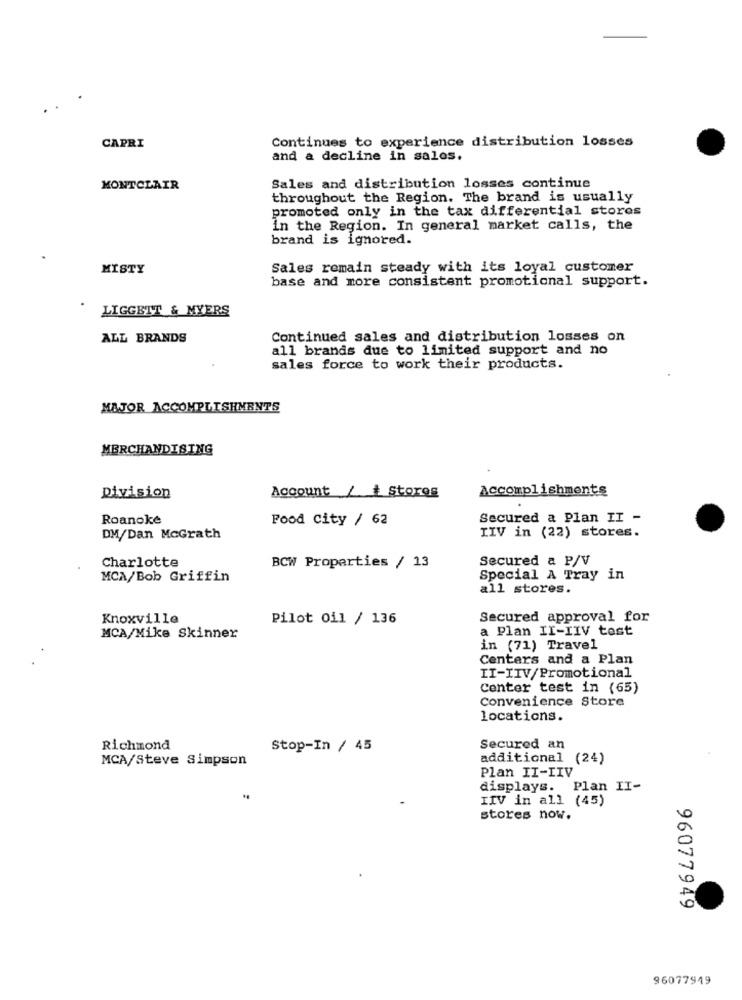
Continues to experience distribution losses
CAPRI
and a decline in sales.
MONTCLAIR
Sales and distribution losses continue
throughout the Region. The brand is usually
promoted only in the tax differential stores
In the Region. In general market calls, the
brand is ignored.
MISTY
Sales remain steady with its loyal customer
base and more consistent promotional support.
LIGGETT & MYERS
ALL BRANDS
Continued sales and distribution losses on
all brands due to limited support and no
sales force to work their products.
MAJOR ACCOMPLISHMENTS
MERCHANDISING
Division
Account / + Stores
Accomplishments
Roanoke
Food City / 62
Secured a Plan II -
IIV in (22) stores.
DM/Dan McGrath
Charlotte
BCW Properties / 13
Secured a P/V
MCA/Bob Griffin
Special A Tray in
all stores.
Knoxville
Pilot oil / 136
Secured approval for
a Plan II-IIV test
MCA/Mike Skinner
in (71) Travel
Centers and a Plan
II-IIV/Promotional
Center test in (65)
Convenience Store
locations.
Richmond
Stop-In / 45
Secured an
MCA/Steve Simpson
additional (24)
Plan II-IIV
displays. Plan II-
IIV in all (45)
stores now.
96077949
96077949